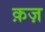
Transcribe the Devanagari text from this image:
क़ज़